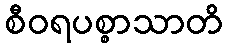
စီဝရပစ္စာသာတိ